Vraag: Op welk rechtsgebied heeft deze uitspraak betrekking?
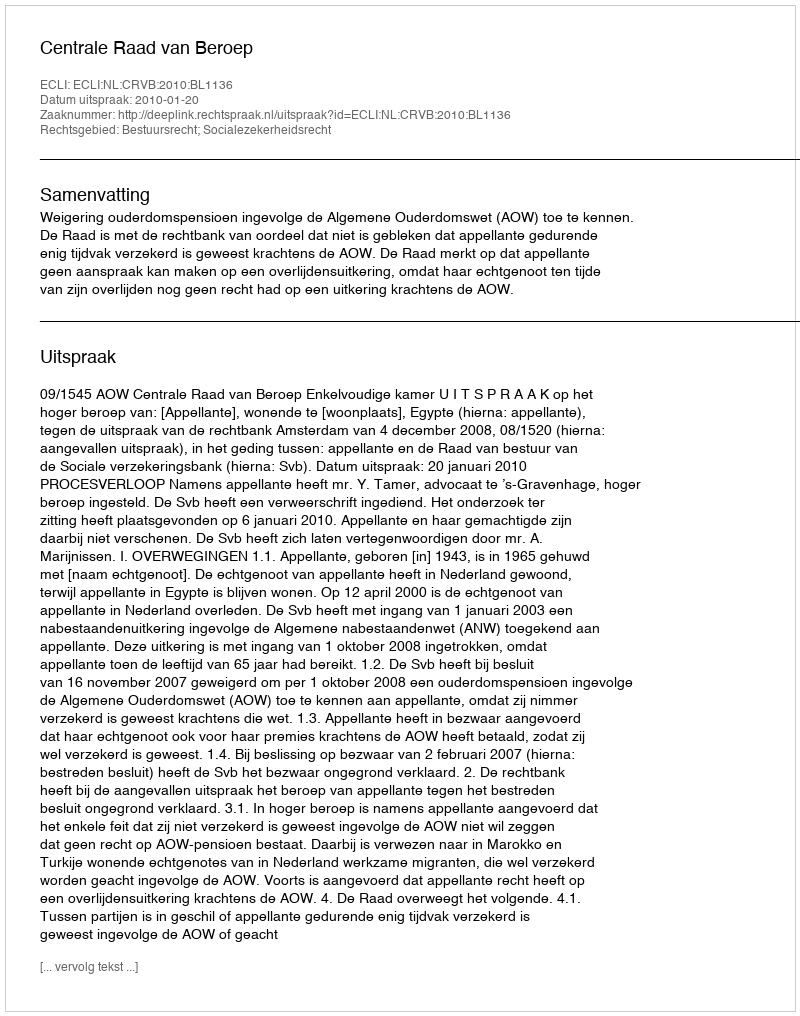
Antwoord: Bestuursrecht; Socialezekerheidsrecht